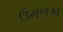
ઉમળકા